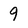
Character: q